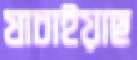
যাচাইয়াছ